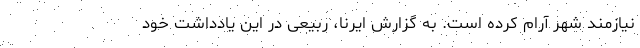
نیازمند شهر آرام کرده است. به گزارش ایرنا، ربیعی در این یادداشت خود